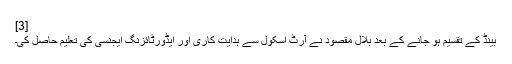
[3]
بینڈ کے تقسیم ہو جانے کے بعد بلال مقصود نے آرٹ اسکول سے ہدایت کاری اور ایڈورٹائزنگ ایجنسی کی تعلیم حاصل کی۔